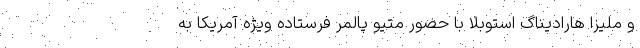
و ملیزا هارادیناگ استوبلا با حضور متیو پالمر فرستاده ویژه آمریکا به